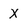
Character: X